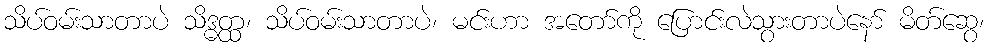
သိပ်ဝမ်းသာတာပဲ သိဒ္ဓတ္ထ၊ သိပ်ဝမ်းသာတာပဲ၊ မင်းဟာ အတော်ကို ပြောင်းလဲသွားတာပဲနော် မိတ်ဆွေ၊